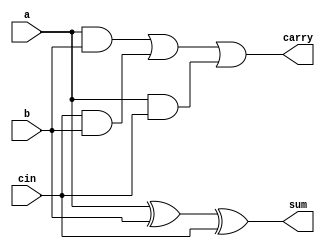
module fulladder
        (   input a,b,cin,
            output sum,carry
            );

assign sum = a ^ b ^ cin;
assign carry = (a & b) | (cin & b) | (a & cin);

endmodule

module multiplexer2
        (   input i0,i1,sel,
            output  bitout
            );

assign bitout = sel==0? i0: i1;

endmodule

module carry_select_adder
        (   input [31:0] A,B,
            input cin,
            output [31:0] S,
            output cout,
	    output overflow
            );
        

wire [31:0] temp0,temp1,carry0,carry1;

//for carry 0
fulladder fa00(A[0],B[0],1'b0,temp0[0],carry0[0]);
fulladder fa01(A[0],B[0],1'b1,temp1[0],carry1[0]);
genvar i;
generate
    for (i = 1; i < 32; i = i + 1) begin
        fulladder fa0(A[i],B[i],carry0[i-1],temp0[i],carry0[i]);
	fulladder fa1(A[i],B[i],carry1[i-1],temp1[i],carry1[i]);
    end
endgenerate

wire cout1;
//mux for carry out
multiplexer2 mux_carry1(carry0[31],carry1[31],cin,cout);
multiplexer2 mux_carry2(carry0[30],carry1[30],cin,cout1);

assign overflow = ~(A[31] ^ B[31]) & (cout^cout1);
//mux's for sum
genvar k;
generate
    for (k = 0 ; k < 32; k = k + 1) begin
        multiplexer2 mux_sum(temp0[k],temp1[k],cin,S[k]);
    end
endgenerate
endmodule